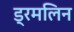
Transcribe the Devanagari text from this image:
ड्रमलिन